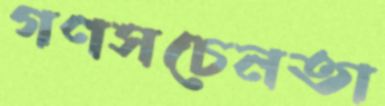
গণসচেনতা